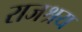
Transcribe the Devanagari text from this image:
राजश्रय